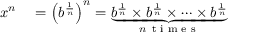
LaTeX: \begin{array} { r l } { x ^ { n } } & { { } = \left( b ^ { \frac { 1 } { n } } \right) ^ { n } = \underbrace { b ^ { \frac { 1 } { n } } \times b ^ { \frac { 1 } { n } } \times \cdots \times b ^ { \frac { 1 } { n } } } _ { n \, { \textrm { t i m e s } } } } \end{array}